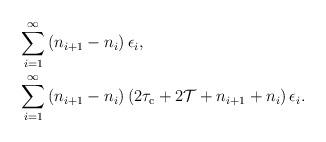
LaTeX: \begin{align*}\begin{aligned}&\sum\limits_{i = 1}^{\infty} {\left( {{n_{i + 1}} - {n_i}} \right){\epsilon_i}},\\&\sum\limits_{i = 1}^{\infty} {\left( {{n_{i + 1}} - {n_i}} \right)\left( {2{\tau _{\rm c}} + 2\mathcal{T} + {n_{i + 1}} + {n_i}} \right){\epsilon_i}}.\end{aligned}\end{align*}